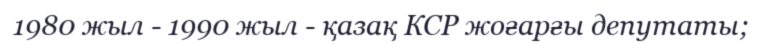
1980 жыл - 1990 жыл - қазақ КСР жоғарғы депутаты;